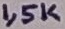
Text: 1,5K